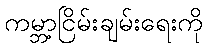
ကမ္ဘာ့ငြိမ်းချမ်းရေးကို